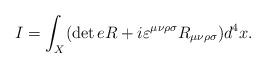
LaTeX: \begin{align*}I=\int_X (\det e R+i\varepsilon^{\mu\nu\rho\sigma}R_{\mu\nu\rho\sigma})d^4x.\end{align*}